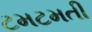
ટમટમતી